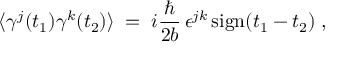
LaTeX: \langle \gamma ^ { j } ( t _ { 1 } ) \gamma ^ { k } ( t _ { 2 } ) \rangle \; = \; i \frac { \hbar } { 2 b } \, \epsilon ^ { j k } \, \mathrm { s i g n } ( t _ { 1 } - t _ { 2 } ) \; ,